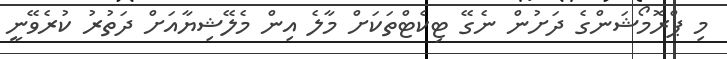
މި ޕްރޮމޯޝަންގެ ދަށުން ނެގޭ ޓިކެޓްތަކަށް މާލެ އިން މެލޭޝިޔާއަށް ދަތުރު ކުރެވޭނީ